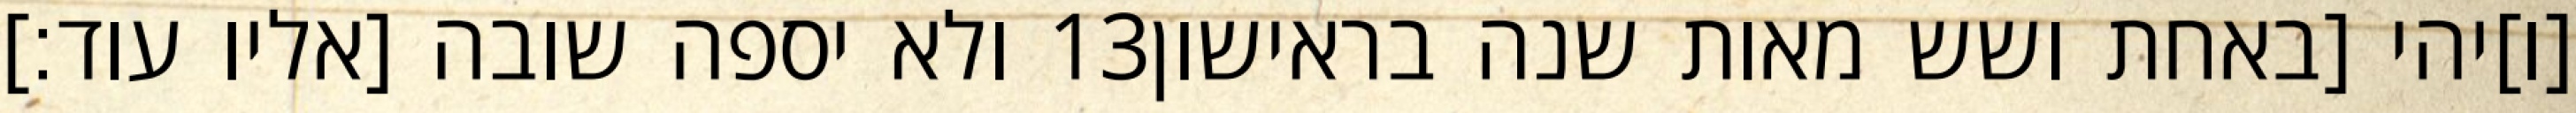
ולא יספה שובה [אליו עוד׃] ‎13‏ [ו]יהי [באחת ושש מאות שנה בראישון